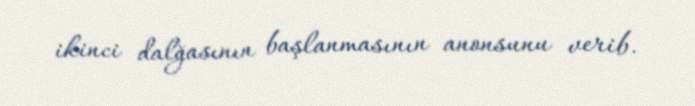
ikinci dalğasının başlanmasının anonsunu verib.